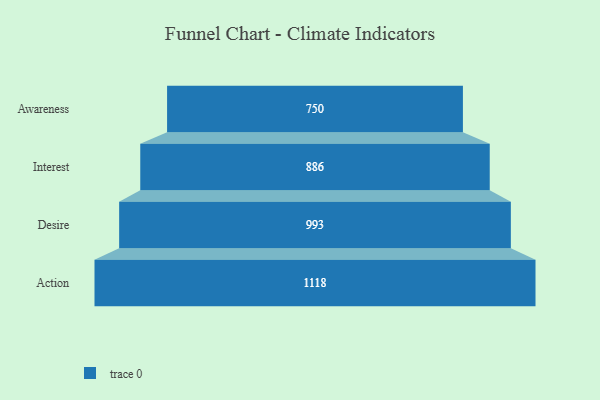
{"axis": {"x": "Stage", "y": "Value"}, "legend": [""], "data": [{"x": "Awareness", "y": 750.0, "type": ""}, {"x": "Interest", "y": 886.0, "type": ""}, {"x": "Desire", "y": 993.0, "type": ""}, {"x": "Action", "y": 1118.0, "type": ""}]}